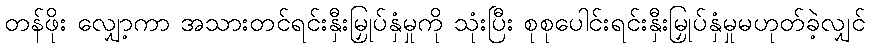
တန်ဖိုး လျှော့ကာ အသားတင်ရင်းနှီးမြှုပ်နှံမှုကို သုံးပြီး စုစုပေါင်းရင်းနှီးမြှုပ်နှံမှုမဟုတ်ခဲ့လျှင်